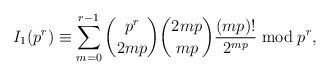
LaTeX: \begin{align*}I_{1}(p^{r}) \equiv \sum_{m=0}^{r-1} \binom{p^{r}}{2mp} \binom{2mp}{mp} \frac{(mp)!}{2^{mp}} \bmod p^{r},\end{align*}